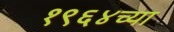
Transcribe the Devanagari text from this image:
१९६४च्या